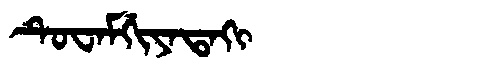
Manchu: ᡨᡠᠸᠠᠮᡤᡳᠶᠠᡨᠠᡴᡳ
Romanization: TUWAMGIYATAKI